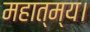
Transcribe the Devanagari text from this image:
महात्म्य।